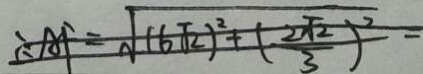
\therefore A F = \sqrt { ( 6 \sqrt { 2 } ) ^ { 2 } + ( \frac { 2 \sqrt { 2 } ) ^ { 2 } } { 3 } } =